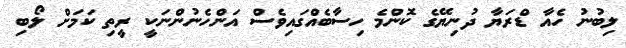
ލިބުނު ހެއާ ޑްރަޔާ ދުނިޔޭގެ ކޮންމެ ހިސާބެއްގައިވެސް އަންހެނުންނަކީ ރީތި ކަމަށް ލޯބި